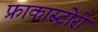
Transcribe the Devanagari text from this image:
फ्राकास्टोरो